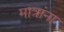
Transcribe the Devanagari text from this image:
मात्रांना